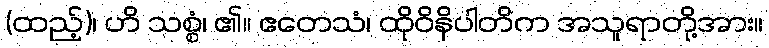
(ထည့်)၊ ဟိ သစ္စံ၊ ၏။ ဧတေသံ၊ ထိုဝိနိပါတိက အသူရာတို့အား။